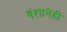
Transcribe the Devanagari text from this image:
वंशानेही